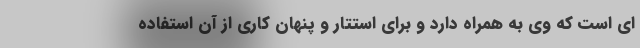
ای است که وی به همراه دارد و برای استتار و پنهان کاری از آن استفاده